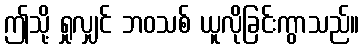
ဤသို့ ရှုလျှင် ဘဝသစ် ယူလိုခြင်းကွာသည်။